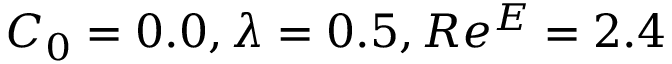
C _ { 0 } = 0 . 0 , \lambda = 0 . 5 , R e ^ { E } = 2 . 4